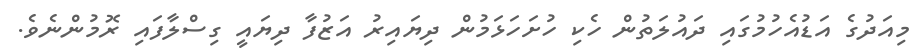
މިއަދުގެ އަޑުއެހުމުގައި ދައުލަތުން ހެކި ހުށަހަޅަމުން ދިޔައިރު އަޒުފާ ދިޔައީ ގިސްލާފައި ރޮމުންނެވެ.